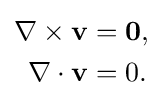
{\begin{aligned}\nabla \times \mathbf {v} &=\mathbf {0} ,\\\nabla \cdot \mathbf {v} &=0.\end{aligned}}